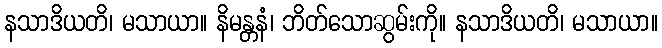
နသာဒိယတိ၊ မသာယာ။ နိမန္တနံ၊ ဘိတ်သောဆွမ်းကို။ နသာဒိယတိ၊ မသာယာ။